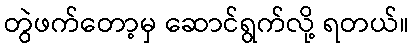
တွဲဖက်တော့မှ ဆောင်ရွက်လို့ ရတယ်။